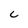
Character: c